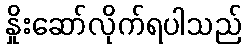
နှိုးဆော်လိုက်ရပါသည်